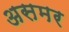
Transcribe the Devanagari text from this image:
असमर